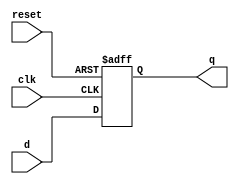
module d_flip_flop (
    input wire clk,      // Clock input
    input wire reset,    // Asynchronous reset
    input wire d,        // Data input
    output reg q         // Data output
);

// Initial block to set the initial state
initial begin
    q = 1'b0; // Initialize output q to 0
end

// Always block sensitive to clock and reset events
always @(posedge clk or posedge reset) begin
    if (reset) begin
        q <= 1'b0; // Asynchronous reset: set q to 0
    end else begin
        q <= d;    // On rising edge of clk, assign d to q
    end
end

endmodule